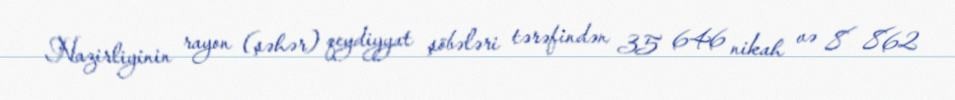
Nazirliyinin rayon (şəhər) qeydiyyat şöbələri tərəfindən 35 646 nikah və 8 862